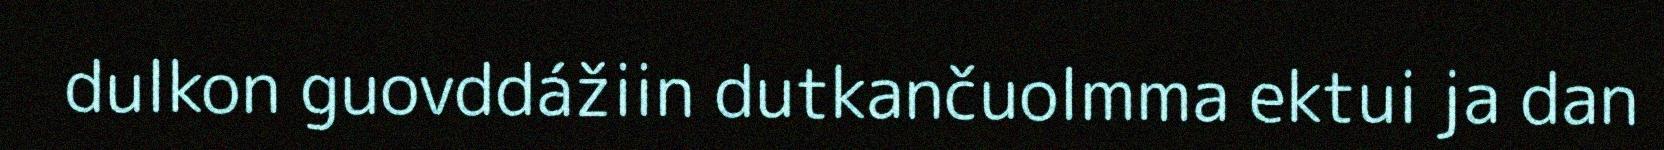
dulkon guovddážiin dutkančuolmma ektui ja dan